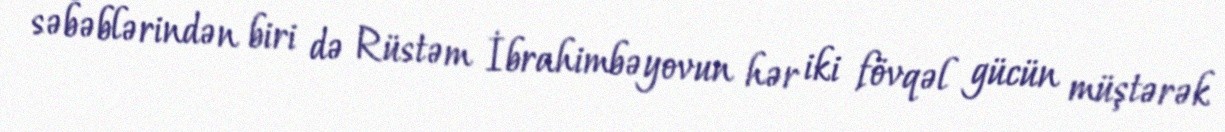
səbəblərindən biri də Rüstəm İbrahimbəyovun hər iki fövqəl gücün müştərək